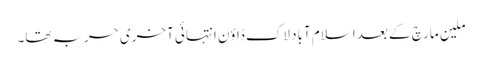
ملین مارچ کے بعد اسلام آباد لاک ڈاؤن انتہائی آخری حربہ تھا۔